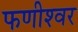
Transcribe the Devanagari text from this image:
फणीश्‍वर